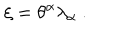
\xi = \theta ^ { \alpha } \lambda _ { \alpha } \ .